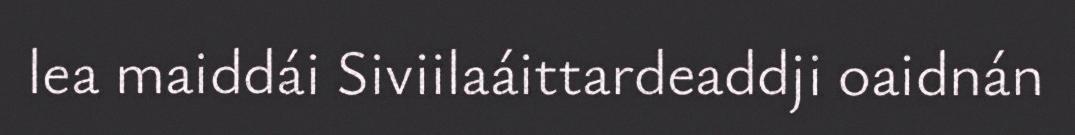
lea maiddái Siviilaáittardeaddji oaidnán